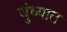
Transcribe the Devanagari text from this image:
बुंध्यात